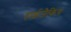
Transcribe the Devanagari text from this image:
हाईजैकिंग